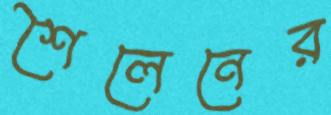
শৈলেনের